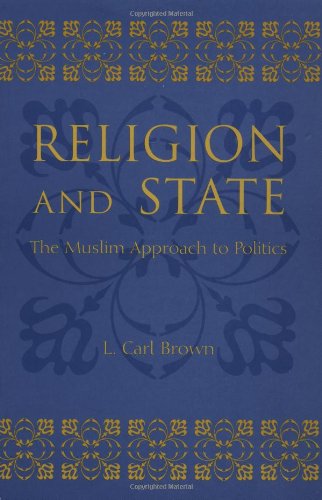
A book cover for Religion and State: The Muslim Approach to Politics; L. Carl Brown; Religion & Spirituality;